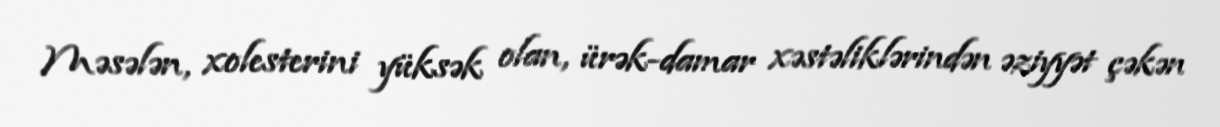
Məsələn, xolesterini yüksək olan, ürək-damar xəstəliklərindən əziyyət çəkən